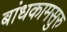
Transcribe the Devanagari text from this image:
बांधकामसुरु